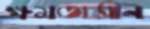
ক্ষমতাসীন